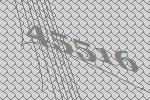
45516